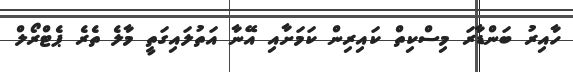
ހާއިރު ބަންޑާރަ މިސްކިތް ކައިރިން ކަމަށާއި އޭނާ އަތުލައިގަތީ މާލެ ތެރެ ޕެޓްރޯލް